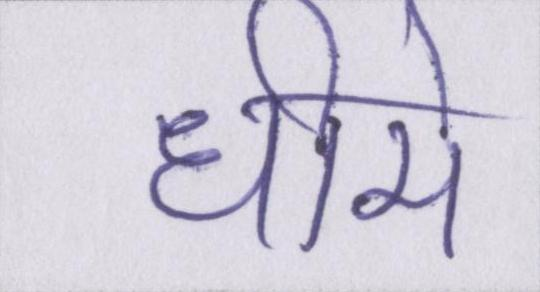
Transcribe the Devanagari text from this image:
धीमे